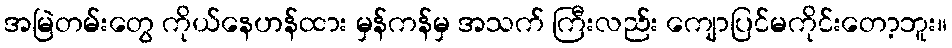
အမြဲတမ်းတွေ ကိုယ်နေဟန်ထား မှန်ကန်မှ အသက် ကြီးလည်း ကျောပြင်မကိုင်းတော့ဘူး။